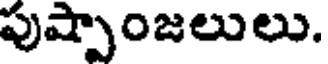
పుష్పాంజలులు.